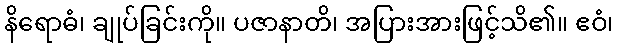
နိရောဓံ၊ ချုပ်ခြင်းကို။ ပဇာနာတိ၊ အပြားအားဖြင့်သိ၏။ ဧဝံ၊